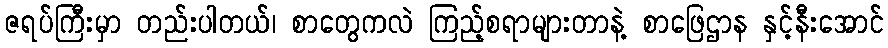
ဇရပ်ကြီးမှာ တည်းပါတယ်၊ စာတွေကလဲ ကြည့်စရာများတာနဲ့ စာဖြေဌာန နှင့်နီးအောင်